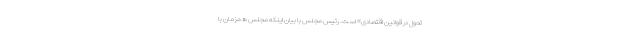
تحول در قوانین اقتصادی» است. رئیس مجلس با بیان اینکه مجلس همزمان با